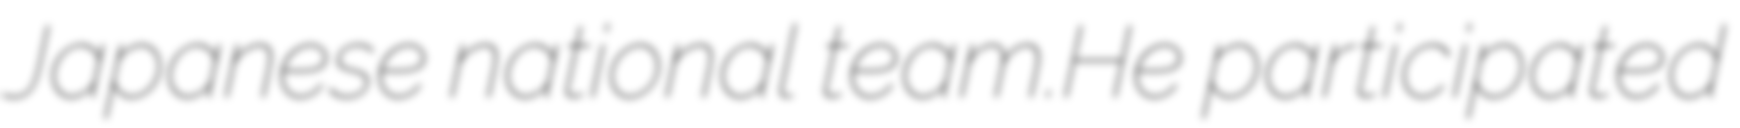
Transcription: Japanese national team.He participated